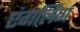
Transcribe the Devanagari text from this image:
एंगलिंग